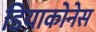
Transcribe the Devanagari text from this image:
डियाकोनेस